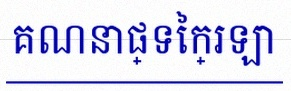
គណនាផ្ទៃក្រឡា